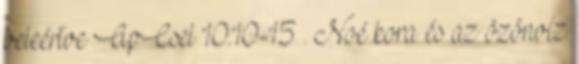
beleértve ApCsel 10:10-15 . Noé kora és az özönvíz